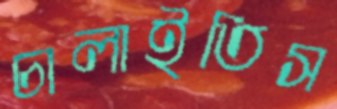
চালাইতিস